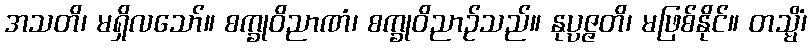
အသတိ၊ မရှိလသော်။ စက္ခုဝိညာဏံ၊ စက္ခုဝိညာဉ်သည်။ နုပ္ပဇ္ဇတိ၊ မဖြစ်နိုင်။ တသ္မိံ၊